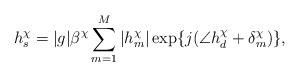
LaTeX: \begin{align*} h^\chi_s = |g|\beta^\chi \sum_{m=1}^M |h^\chi_m| \exp\{ j(\angle{h^\chi_d}+\delta^\chi_m) \},\end{align*}